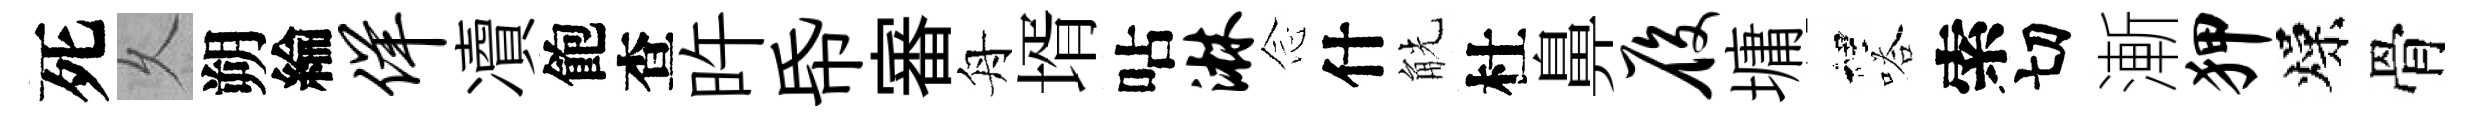
死乆朔綸佯凟飽查旿帋審舟壻呫淋𫝹什觥杜鼻履墉裡嗒索切漸狎燥骨